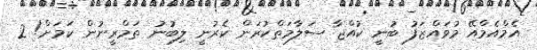
އެމްއެމްއޭ މުވައްޒަފު ބުނީ ކުއްޖާ ސަލާމަތްކުރަން ކެރުނީ ލިބުނު ތަމްރީނުން ކަމަށް! 2